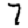
Digit: 7